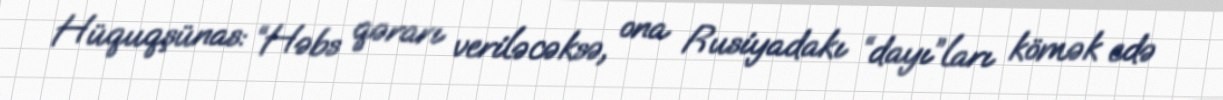
Hüquqşünas: “Həbs qərarı veriləcəksə, ona Rusiyadakı “dayı”ları kömək edə